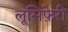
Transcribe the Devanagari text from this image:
लूसिफ़ेरी